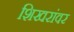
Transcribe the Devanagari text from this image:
शिखरांवर